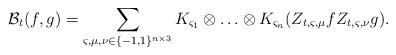
LaTeX: \begin{align*} \mathcal{B}_{t}(f,g)=\sum_{\varsigma,\mu,\nu\in\{-1,1\}^{n\times 3}}K_{\varsigma_{1}}\otimes\ldots\otimes K_{\varsigma_{n}}(Z_{t,\varsigma,\mu}fZ_{t,\varsigma,\nu}g).\end{align*}